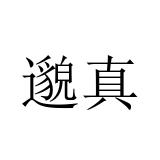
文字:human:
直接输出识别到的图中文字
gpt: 邈真